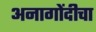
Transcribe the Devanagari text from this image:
अनागोंदीचा